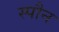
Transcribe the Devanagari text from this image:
स्पौन